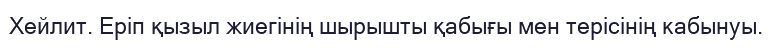
Хейлит. Еріп қызыл жиегінің шырышты қабығы мен терісінің кабынуы.